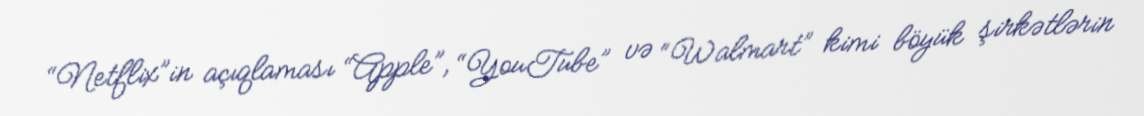
“Netflix”in açıqlaması “Apple”, “YouTube” və “Walmart” kimi böyük şirkətlərin